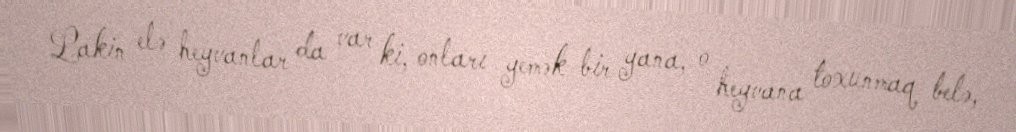
Lakin elə heyvanlar da var ki, onları yemək bir yana, o heyvana toxunmaq belə,